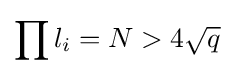
\prod l_{i}=N>4{\sqrt {q}}